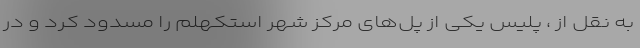
به نقل از ، پلیس یکی از پل‌های مرکز شهر استکهلم را مسدود کرد و در